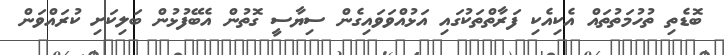
ބޮޑެތި ތުހުމަތުތައް އެކިއެކި ފަރާތްތަކުގައި އަޅުއްވަވައިގެން ސިޔާސީ ގޮތުން އެބޭފުޅުން ބަލިކަށި ކުރައްވަން